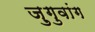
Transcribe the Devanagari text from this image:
ज़ुगुवांग